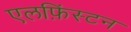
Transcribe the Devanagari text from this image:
एलफ़िंस्टन